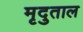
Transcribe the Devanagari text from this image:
मृदुताल